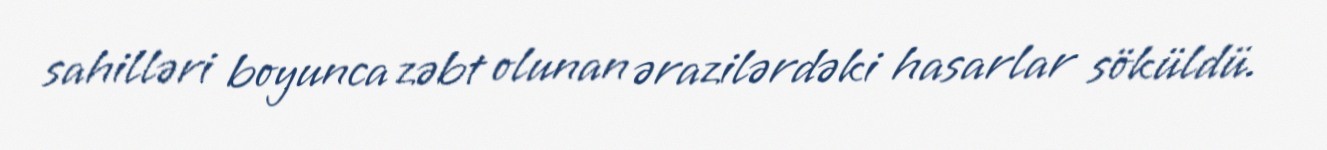
sahilləri boyunca zəbt olunan ərazilərdəki hasarlar söküldü.